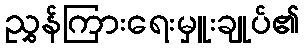
ညွှန်ကြားရေးမှူးချုပ်၏